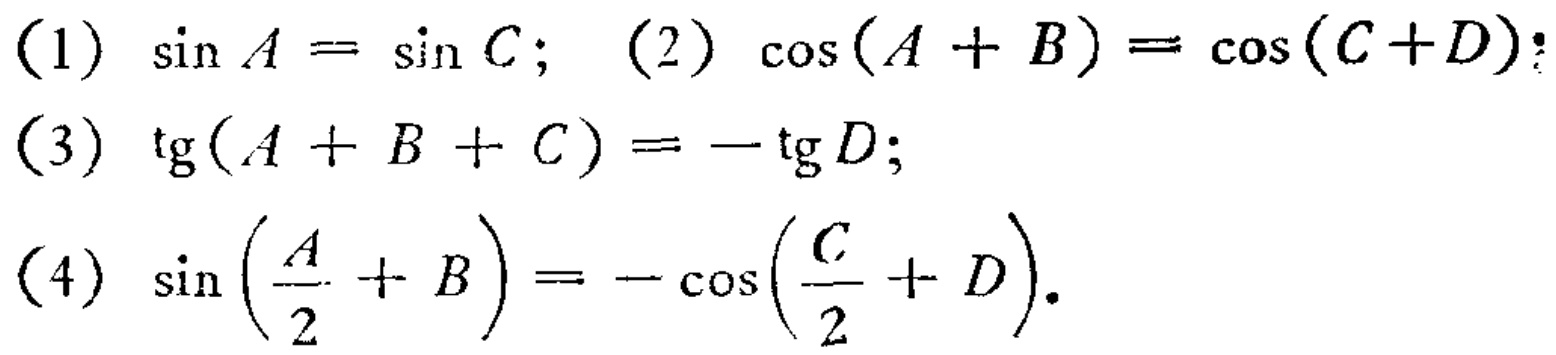
(1) \(\sin A = \sin C\); (2) \(\cos(A + B)=\cos(C + D)\);
(3) \(\mathrm{tg}(A + B + C)=-\mathrm{tg}D\);
(4) \(\sin\left(\frac{A}{2}+B\right)=-\cos\left(\frac{C}{2}+D\right)\).